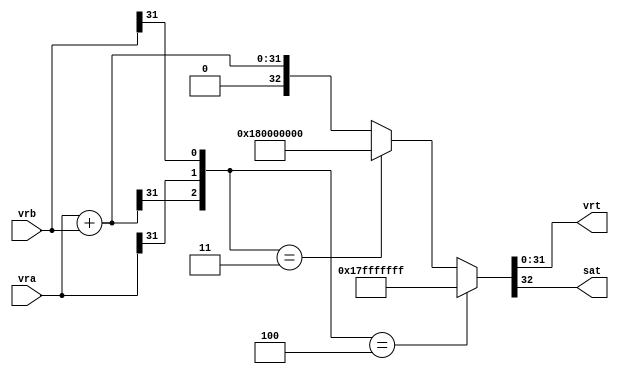
module vsfx_vaddsws(
    vrt,
    vra,
    vrb,
    sat
);

output  [31 : 0]    vrt;
input   [31 : 0]    vra;
input   [31 : 0]    vrb;
output              sat;

wire    [31 : 0]    aop;
wire    [31 : 0]    bop;
wire    [31 : 0]    sum;
wire    [31 : 0]    vrt;
wire                sat;

assign aop                = vra[31 : 0];
assign bop                = vrb[31 : 0];
assign sum                = aop + bop;
assign {sat, vrt[31 : 0]} = ({sum[31],vra[31],vrb[31]} == 3'b100 ) ?  33'h17fffffff : 
				({sum[31],vra[31],vrb[31]} == 3'b011) ? 33'h180000000 : {1'b0, sum[31 : 0]};

endmodule